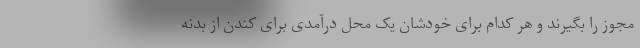
مجوز را بگیرند و هر کدام برای خودشان یک محل درآمدی برای کندن از بدنه